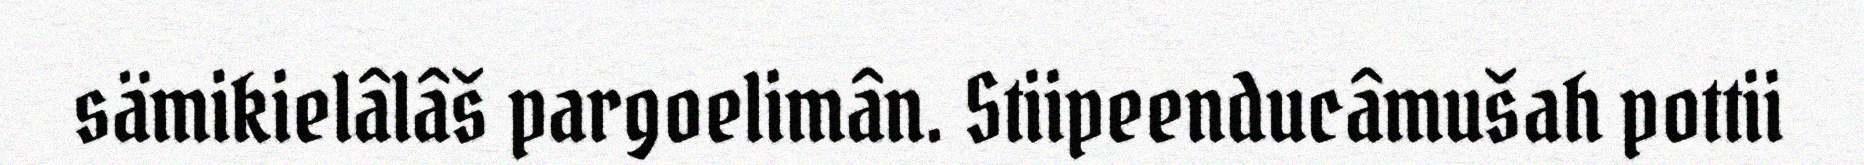
sämikielâlâš pargoelimân. Stiipeenducâmušah pottii